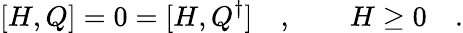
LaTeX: [H,Q]=0=[H,Q^{\dagger}]\quad,\qquad H\geq 0\quad.